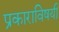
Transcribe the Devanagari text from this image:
प्रकाराविषयी